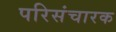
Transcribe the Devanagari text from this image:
परिसंचारक